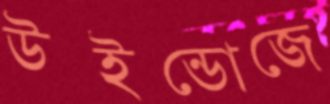
উইন্ডোজে